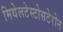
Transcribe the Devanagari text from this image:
मिथेलटेस्टोसटेरोन